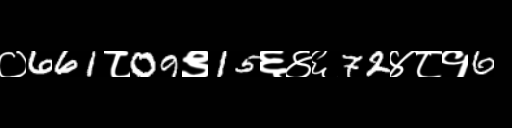
Text: ०661८09९15६४६72४८१6